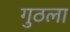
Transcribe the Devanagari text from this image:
गुठला